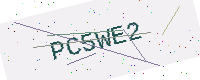
Text: PC5WE2